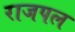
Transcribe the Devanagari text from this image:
राजपल